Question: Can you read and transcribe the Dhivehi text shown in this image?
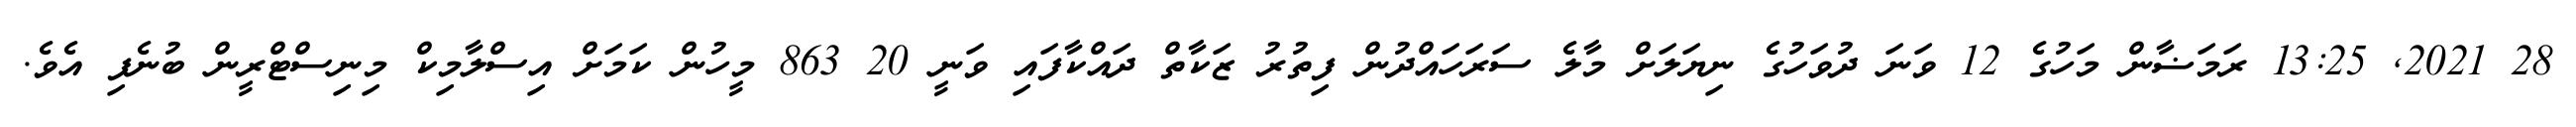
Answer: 28 2021, 13:25 ރަމަޟާން މަހުގެ 12 ވަނަ ދުވަހުގެ ނިޔަލަށް މާލެ ސަރަހައްދުން ފިތުރު ޒަކާތް ދައްކާފައި ވަނީ 20 863 މީހުން ކަމަށް އިސްލާމިކް މިނިސްޓްރީން ބުނެފި އެވެ.